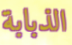
الذبابة